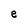
Character: e